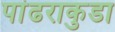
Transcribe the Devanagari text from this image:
पांढराकुडा